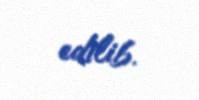
edilib.